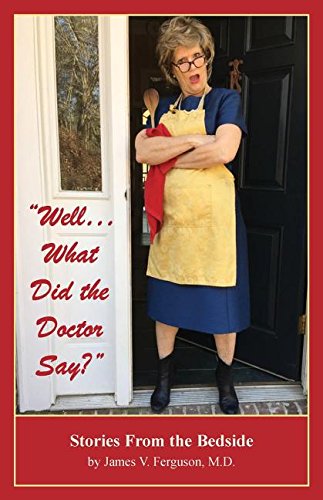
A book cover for "Well...What Did the Doctor Say?": Stories From the Bedside; James V. Ferguson; Humor & Entertainment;